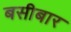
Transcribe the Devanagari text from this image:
बसीबार